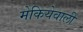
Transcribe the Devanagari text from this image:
मेकियेवाली